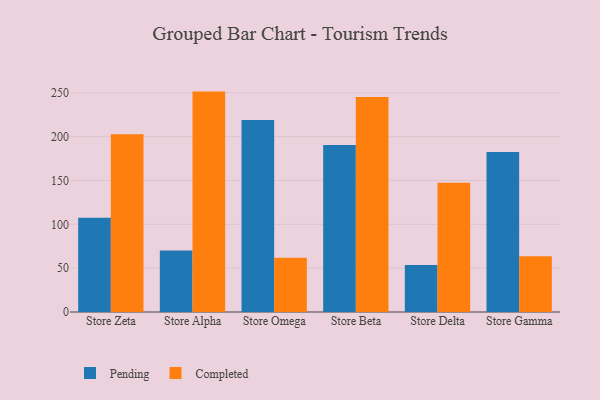
{"axis": {"x": "Store", "y": "Population (Million)"}, "legend": ["Completed", "Pending"], "data": [{"x": "Store Zeta", "y": 107.6, "type": "Pending"}, {"x": "Store Zeta", "y": 202.7, "type": "Completed"}, {"x": "Store Alpha", "y": 70.1, "type": "Pending"}, {"x": "Store Alpha", "y": 251.4, "type": "Completed"}, {"x": "Store Omega", "y": 219.0, "type": "Pending"}, {"x": "Store Omega", "y": 62.0, "type": "Completed"}, {"x": "Store Beta", "y": 190.5, "type": "Pending"}, {"x": "Store Beta", "y": 245.1, "type": "Completed"}, {"x": "Store Delta", "y": 53.5, "type": "Pending"}, {"x": "Store Delta", "y": 147.5, "type": "Completed"}, {"x": "Store Gamma", "y": 182.5, "type": "Pending"}, {"x": "Store Gamma", "y": 63.6, "type": "Completed"}]}